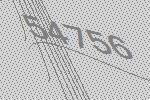
54756